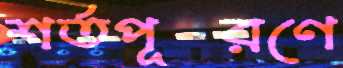
শর্তপূরণে